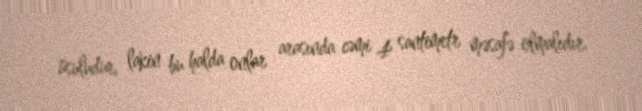
üsuludur, lakin bu halda onlar arasında cəmi 4 santimetr məsafə olmalıdır.